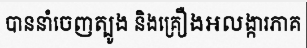
បាននាំចេញត្បូង និងគ្រឿងអលង្ការភាគ